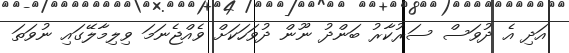
އަދި އެ ދުވަސް ސަރުކާރު ބަންދު ނޫން ދުވަހަކަށް ވެއްޖެނަމަ ވިލިމާލޭގައި ނުވަތަ